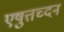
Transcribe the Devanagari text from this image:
एषुत्तच्दन